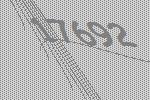
17692